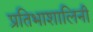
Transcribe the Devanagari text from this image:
प्रतिभाशालिनी